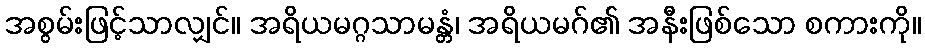
အစွမ်းဖြင့်သာလျှင်။ အရိယမဂ္ဂသာမန္တံ၊ အရိယမဂ်၏ အနီးဖြစ်သော စကားကို။